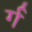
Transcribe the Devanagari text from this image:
र्ग